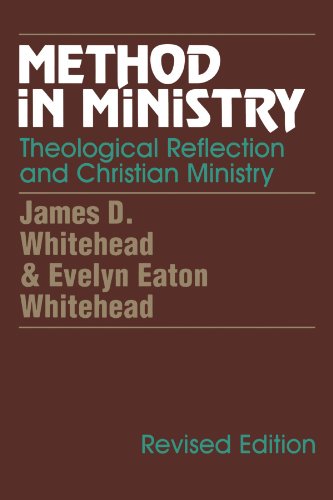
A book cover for Method in Ministry: Theological Reflection and Christian Ministry (revised); James D. Whitehead; Christian Books & Bibles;